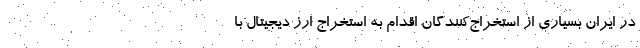
در ایران بسیاری از استخراج‌کنندگان اقدام به استخراج ارز دیجیتال با